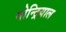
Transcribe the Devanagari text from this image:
मोन्ट्रियाल